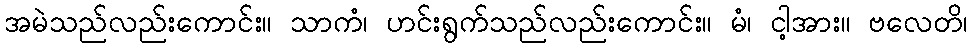
အမဲသည်လည်းကောင်း။ သာကံ၊ ဟင်းရွက်သည်လည်းကောင်း။ မံ၊ ငါ့အား။ ဗလေတိ၊